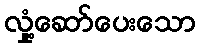
လှုံ့ဆော်ပေးသော